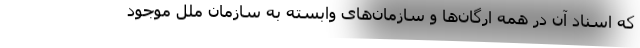
که اسناد آن در همه ارگان‌ها و سازمان‌های وابسته به سازمان ملل موجود